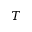
T